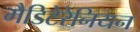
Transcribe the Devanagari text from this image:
मैडिटेरेनियन